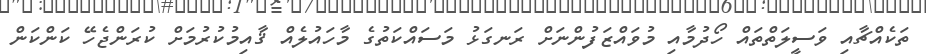
ތަކެއްޗާއި ވަސީލަތްތައް ހޯދުމާއި މުވައްޒަފުންނަށް ރަނގަޅު މަސައްކަތުގެ މާހައުލެއް ޤާއިމުކުރުމަށް ކުރަންޖެހޭ ކަންކަން